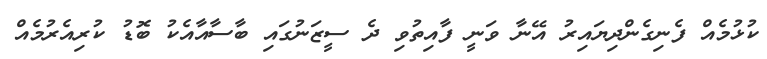
ކުޅުމެއް ފެނިގެންދިޔައިރު އޭނާ ވަނީ ފާއިތުވި ދެ ސީޒަނުގައި ބާސާއާއެކު ބޮޑު ކުރިއެރުމެއް